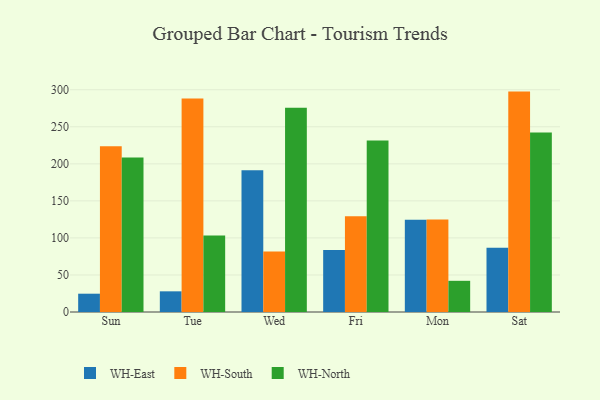
{"axis": {"x": "Day", "y": "Gross Profit (USD K)"}, "legend": ["WH-East", "WH-North", "WH-South"], "data": [{"x": "Sun", "y": 24.7, "type": "WH-East"}, {"x": "Sun", "y": 223.6, "type": "WH-South"}, {"x": "Sun", "y": 208.7, "type": "WH-North"}, {"x": "Tue", "y": 27.9, "type": "WH-East"}, {"x": "Tue", "y": 288.2, "type": "WH-South"}, {"x": "Tue", "y": 103.3, "type": "WH-North"}, {"x": "Wed", "y": 191.2, "type": "WH-East"}, {"x": "Wed", "y": 81.6, "type": "WH-South"}, {"x": "Wed", "y": 275.7, "type": "WH-North"}, {"x": "Fri", "y": 83.7, "type": "WH-East"}, {"x": "Fri", "y": 129.3, "type": "WH-South"}, {"x": "Fri", "y": 231.6, "type": "WH-North"}, {"x": "Mon", "y": 124.5, "type": "WH-East"}, {"x": "Mon", "y": 124.7, "type": "WH-South"}, {"x": "Mon", "y": 42.1, "type": "WH-North"}, {"x": "Sat", "y": 86.8, "type": "WH-East"}, {"x": "Sat", "y": 297.5, "type": "WH-South"}, {"x": "Sat", "y": 242.4, "type": "WH-North"}]}